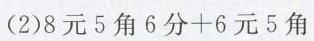
(2)$$8 元 5 角 6 分 + 6 元 5 角$$